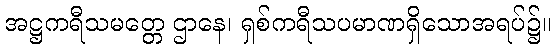
အဋ္ဌကရီသမတ္တေ ဌာနေ၊ ရှစ်ကရီသပမာဏရှိသောအရပ်၌။